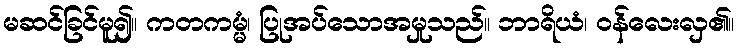
မဆင်ခြင်မူ၍။ ကတကမ္မံ၊ ပြုအပ်သောအမှုသည်။ ဘာရိယံ၊ ဝန်လေးလှ၏။